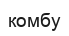
комбу